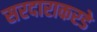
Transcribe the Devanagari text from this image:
सरदाराकरडे